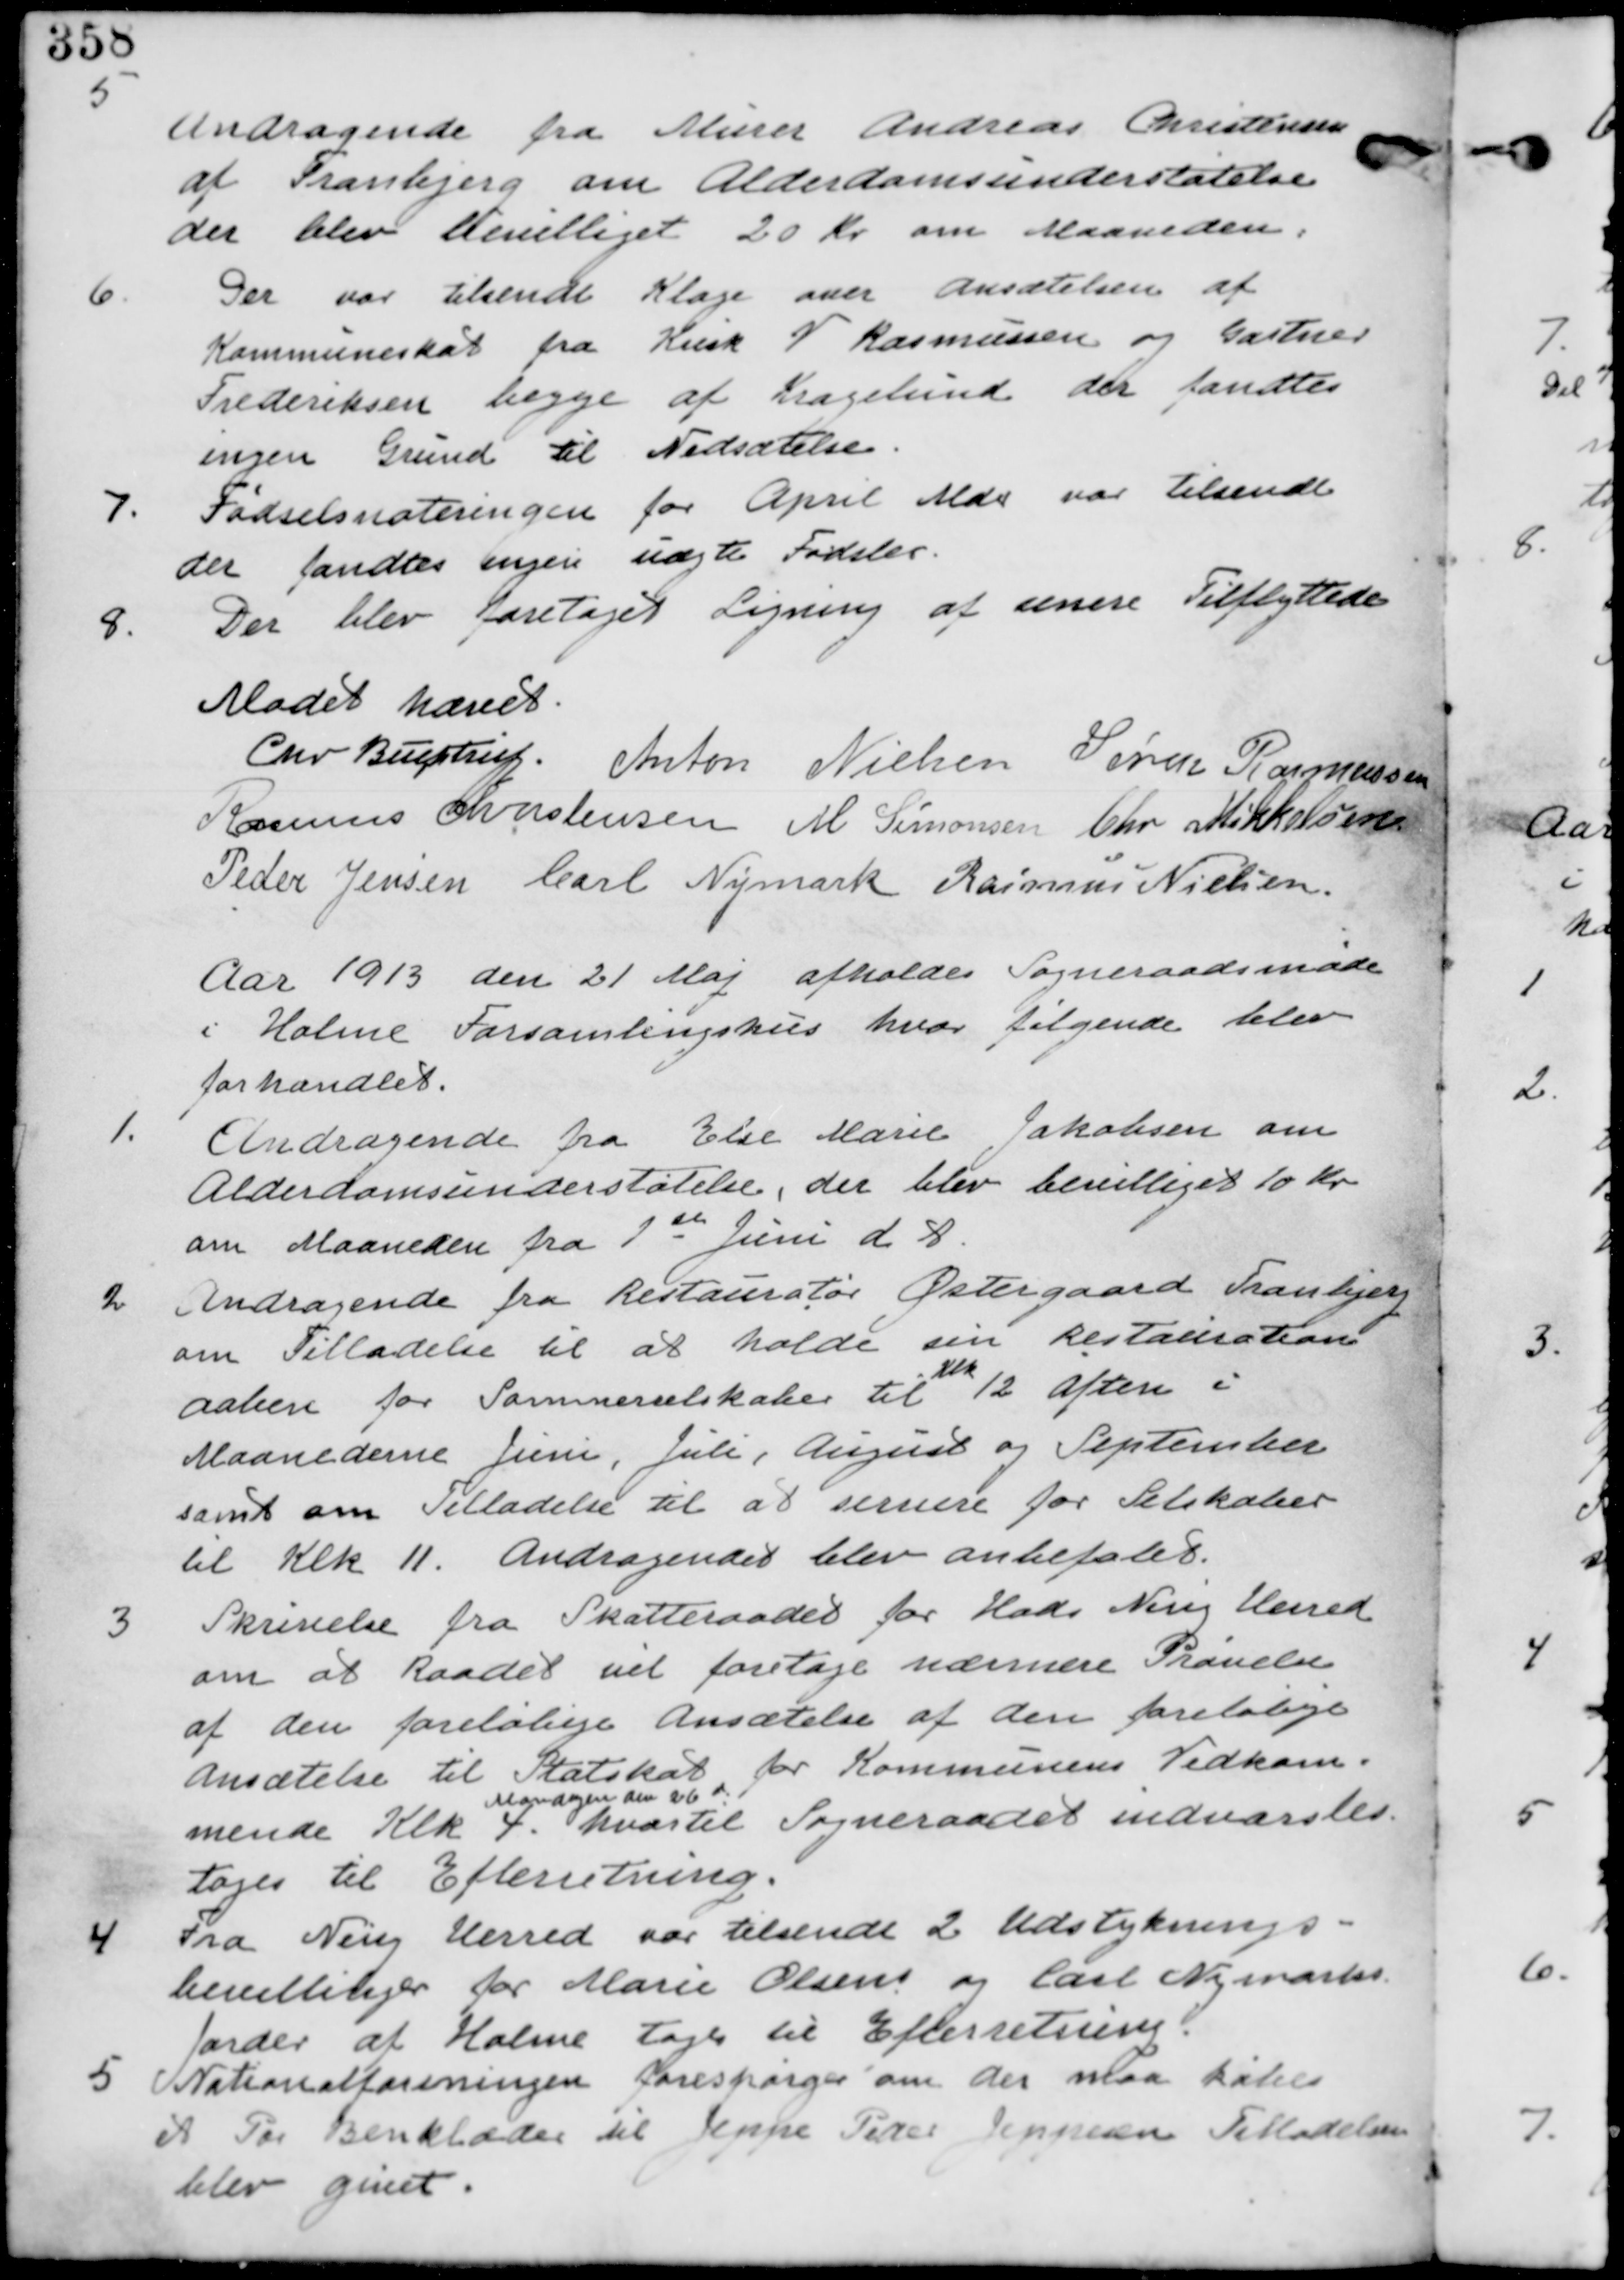
Transskription:
5.
Andragende fra Murer Andreas Christensen
af Tranbjerg om Alderdomsunderstøttelse
der blev bevilliget 20 Kr om Maaneden.

6. Der var tilsendt Klage over ansættelse af
Kommunalskat fra Kusk V Rasmussen og Gartner
Frederiksen begge af Kragelund der fandtes
ingen Grund til Nedsættelse.

7. Fødselsnoteringen fra April Mdr var tilsendt
der fandtes ingen uægte Fødsler.

8. Der blev foretaget Ligning af senere Tilflyttere.

Mødet hævet
Chr Buchtrup. Anton Nielsen Søren Rasmussen
Rasmus christensen M Simonsen Chr Mikkelsen
Peder Jensen Carl Nymark Rasmus Nielsen

Aar 1913 de 21 Maj afholdes Sogneraadsmøde
i Holme Forsamlingshus hvor følgende blev
forhandlet.

1. Andragende fra Else Marie Jakobsen om
Alderdomsunderstøttelse, der blev bevilliget 10 Kr
om Maaneden fra 1th Juni d.A.

2. Andragende fra Restauratør Østergaard Tranbjerg
om Tilladelse til at holde sin Restauration
aaben for Sommerselskaber til
Klk
12 aften i
Maanederne Juni, Juli, August og September
samt om Tilladelse til at servere for Selskaber
til Klk 11. Andragendet blev anbefalet.

3. Skrivelse fra Skatteraadet for Hads Ning Herred
om at Raadet vil foretage nærmere Prøvelse
af den foreløbige Ansættelse af den foreløbige
ansættelse til Statsskat for Kommunens Vedkom-
mende Klk 4
Mandagen d 26th
hvortil Sogneraadet indvarsler
tages til Efterretning.

4. Fra Ning Herred var tilsendt 2 Udstyknings-
bevillinger for Marie Olsens og Carl Nymarks
Jorder af Holme tages til Efterretning

5. Nationalforeningen forespørger om der maa købes
et par Benklæder til Jeppe Peder Jeppesen Tilladelsen
blev givet.